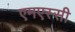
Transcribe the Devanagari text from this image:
एमएस्सी